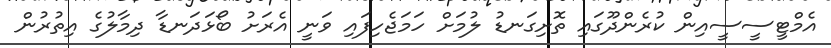
އެމްޓީސީސީއިން ކުރެންދޫގައި ތޮށިގަނޑު ލުމަށް ހަމަޖެހިފައި ވަނީ އެރަށު ބޯޅަދަނޑާ ދިމާލުގެ އިތުރުން